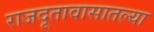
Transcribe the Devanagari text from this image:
राजदूतावासातल्या